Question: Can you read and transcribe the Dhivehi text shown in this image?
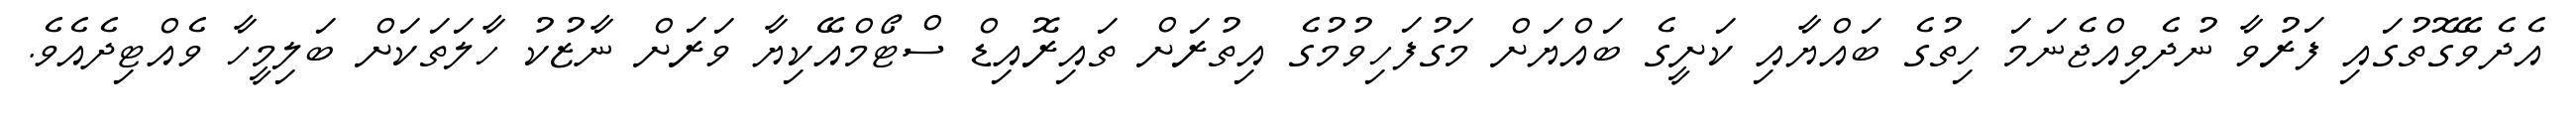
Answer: އެދެވޭގޮތުގައި ފަރުވާ ނުދެވިއްޖެނަމަ ހިތުގެ ބައްޔާއި ކަށީގެ ބައްޔަށް މަގުފަހިވުމުގެ އިތުރަށް ތައިރޮއިޑް ސްޓޯމްއޭކިޔާ ވަރަށް ނާޒުކު ހާލަތަކަށް ބަލިމީހާ ވެއްޓިދެއެވެ.